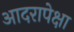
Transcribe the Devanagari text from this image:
आदरापेक्षा